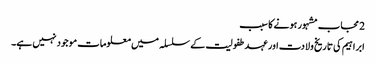
2 مجاب مشہور ہونے کا سبب
ابراہیم کی تاریخ ولادت اور عہد طفولیت کے سلسلہ میں معلومات موجود نہیں ہے۔